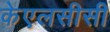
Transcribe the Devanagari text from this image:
केएलसीसी